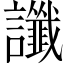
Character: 讖